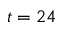
t = 2 4